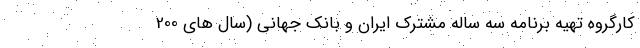
کارگروه تهیه برنامه سه ساله مشترک ایران و بانک جهانی (سال های 200